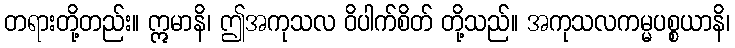
တရားတို့တည်း။ ဣမာနိ၊ ဤအကုသလ ဝိပါက်စိတ် တို့သည်။ အကုသလကမ္မပစ္စယာနိ၊